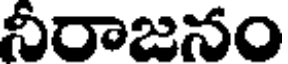
నీరాజనం